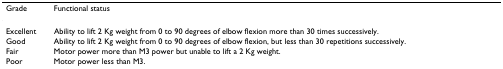
| Grade | Functional status |
 | --- | --- |
 | Excellent | Ability to lift 2 Kg weight from 0 to 90 degrees of elbow flexion more than 30 times successively. |
 | Good | Ability to lift 2 Kg weight from 0 to 90 degrees of elbow flexion, but less than 30 repetitions successively. |
 | Fair | Motor power more than M3 power but unable to lift a 2 Kg weight. |
 | Poor | Motor power less than M3. |